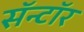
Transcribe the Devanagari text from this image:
सॅन्टॉर